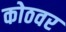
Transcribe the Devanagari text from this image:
कोठवर